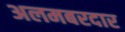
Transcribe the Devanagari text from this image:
अलमबरदार